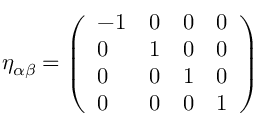
\eta _ { \alpha \beta } = { \left( \begin{array} { l l l l } { - 1 } & { 0 } & { 0 } & { 0 } \\ { 0 } & { 1 } & { 0 } & { 0 } \\ { 0 } & { 0 } & { 1 } & { 0 } \\ { 0 } & { 0 } & { 0 } & { 1 } \end{array} \right) }